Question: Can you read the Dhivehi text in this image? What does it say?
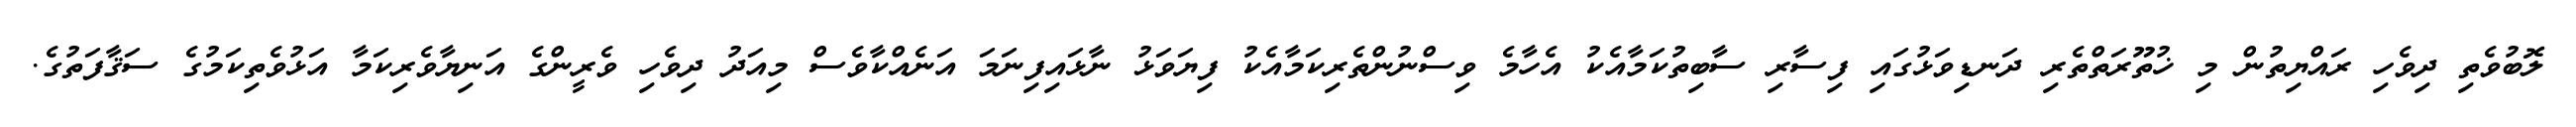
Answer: ލޮބުވެތި ދިވެހި ރައްޔިތުން މި ޚުތޫރަތްތެރި ދަނޑިވަޅުގައި ފިސާރި ސާބިތުކަމާއެކު އެހާމެ ވިސްނުންތެރިކަމާއެކު ފިޔަވަޅު ނާޅައިފިނަމަ އަނެއްކާވެސް މިއަދު ދިވެހި ވެރީންގެ އަނިޔާވެރިކަމާ އަޅުވެތިކަމުގެ ސަޤާފަތުގެ.